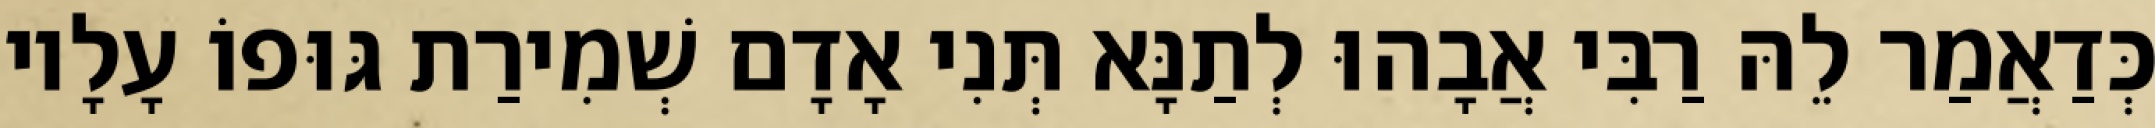
כְּדַאֲמַר לֵהּ רַבִּי אֲבָהוּ לְתַנָּא תְּנִי אָדָם שְׁמִירַת גּוּפוֹ עָלָיו